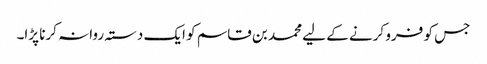
جس کو فرو کرنے کے لیے محمد بن قاسم کو ایک دستہ روانہ کرنا پڑا۔